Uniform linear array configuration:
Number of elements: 48
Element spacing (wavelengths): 1
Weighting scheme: hamming
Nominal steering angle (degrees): -60
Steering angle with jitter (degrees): -60.452
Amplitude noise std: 0.05
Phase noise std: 0.05

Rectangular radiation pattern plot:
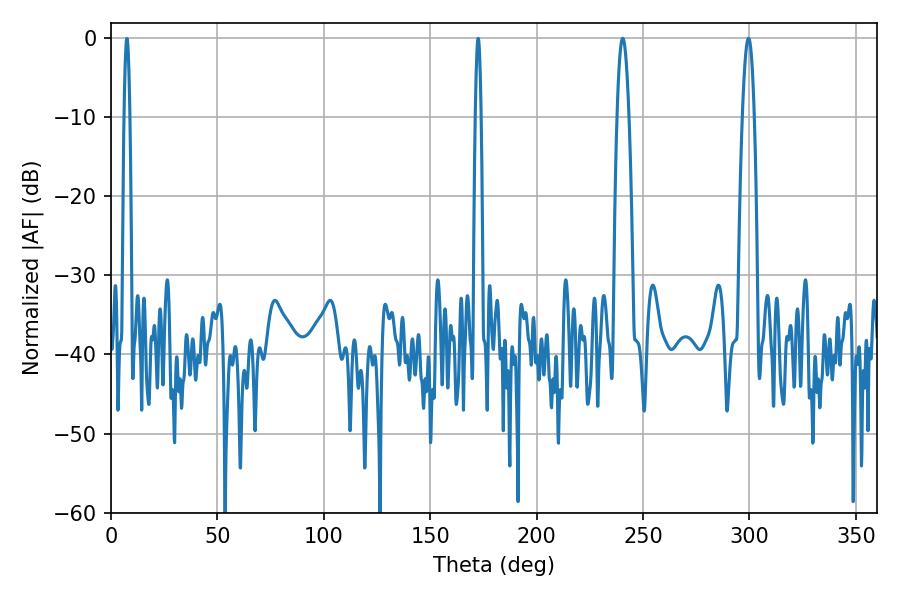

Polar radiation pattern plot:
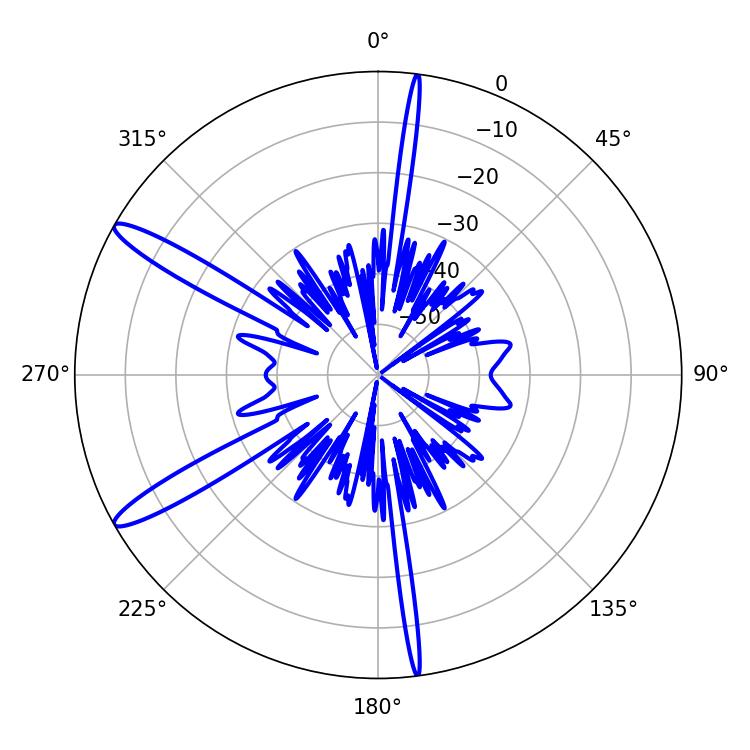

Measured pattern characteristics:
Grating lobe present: TRUE
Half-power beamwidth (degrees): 2.88
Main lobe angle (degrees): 240.48